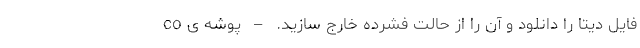
فایل دیتا را دانلود و آن را از حالت فشرده خارج سازید. – پوشه ی co